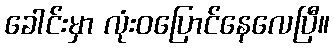
ခေါင်းမှာ လုံးဝပြောင်နေလေပြီ။